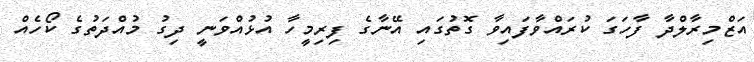
އަޒްމިރާލްދާ ފާހަގަ ކުރައްވާފައިވާ ގޮތުގައި އޭނާގެ ފިރިމީހާ އުޅުއްވަނީ ދިގު މުއްދަތުގެ ކޯހެއް